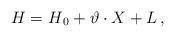
LaTeX: \begin{align*}H=H_{\,0}+\vartheta\cdot X+L\,,\end{align*}